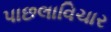
પાછલાવિચાર